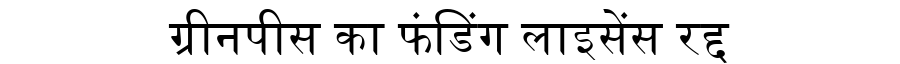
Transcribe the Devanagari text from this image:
ग्रीनपीस का फंडिंग लाइसेंस रद्द